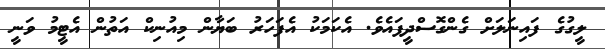
ލީގުގެ ފައިނަލަށް ގެންގޮސްދީފައެވެ. އެކަމަކު އެފަހަރު ބަޔާން މިއުނިކް އަތުން އެޓީމު ވަނީ